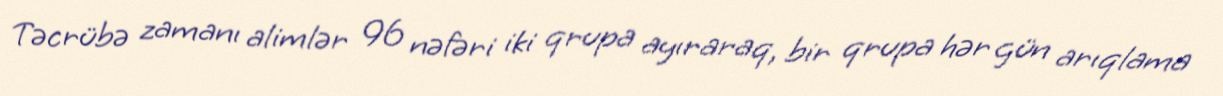
Təcrübə zamanı alimlər 96 nəfəri iki qrupa ayıraraq, bir qrupa hər gün arıqlama